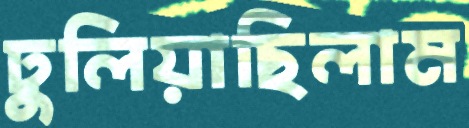
ঢুলিয়াছিলাম